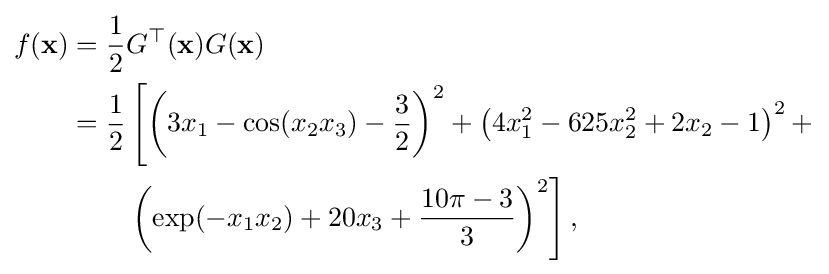
{\begin{aligned}f(\mathbf {x} )&={\frac {1}{2}}G^{\top }(\mathbf {x} )G(\mathbf {x} )\\&={\frac {1}{2}}\left[\left(3x_{1}-\cos(x_{2}x_{3})-{\frac {3}{2}}\right)^{2}+\left(4x_{1}^{2}-625x_{2}^{2}+2x_{2}-1\right)^{2}+\right.\\&{}\qquad \left.\left(\exp(-x_{1}x_{2})+20x_{3}+{\frac {10\pi -3}{3}}\right)^{2}\right],\end{aligned}}